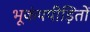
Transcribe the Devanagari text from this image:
भूकंपपीड़ितों